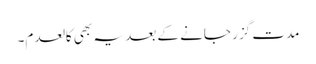
مدت گزر جانے کے بعد یہ بھی کالعدم۔